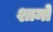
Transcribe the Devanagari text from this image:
शामो